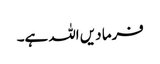
فرما دیں اللہ ہے۔